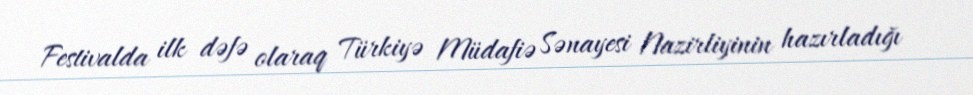
Festivalda ilk dəfə olaraq Türkiyə Müdafiə Sənayesi Nazirliyinin hazırladığı